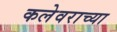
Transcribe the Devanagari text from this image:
कलेवराच्या